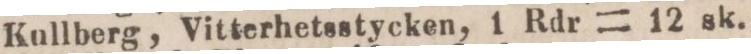
Kullberg, Vitterhetsstycken, 1 Rdr = 12 sk.